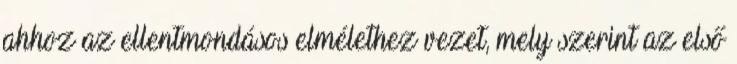
ahhoz az ellentmondásos elmélethez vezet, mely szerint az első